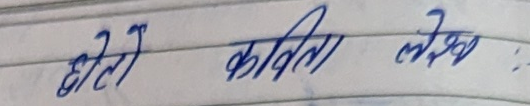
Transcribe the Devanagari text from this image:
छोटो कविता लेख